Vital statistics of India. Vol. V, Reports of 1876 on armies & jails and on epidemic cholera
Year: 1876
Disease focus: Cholera
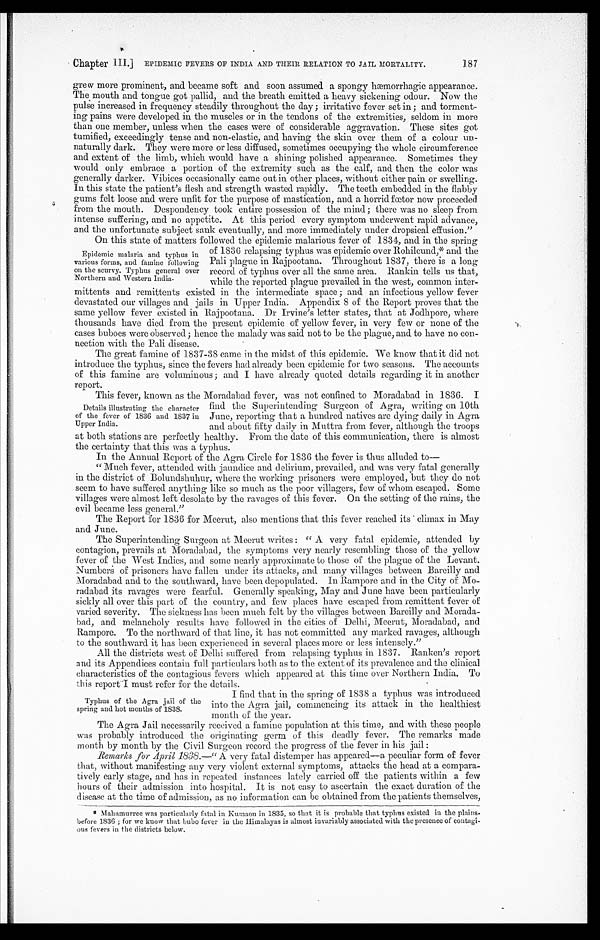
Chapter III.] EPIDEMIC FEVERS OF INDIA AND THEIR RELATION TO JAIL MORTALITY.
grew more prominent, and became soft and soon assumed a spongy hæmorrhagic appearance.
The mouth and tongue got pallid, and the breath emitted a heavy sickening odour. Now the
pulse increased in frequency steadily throughout the day; irritative fever set in; and torment
-
ing pains were developed in the muscles or in the tendons of the extremities, seldom in more
than one member, unless when the cases were of considerable aggravation. These sites got
tumified, exceedingly tense and non-elastic, and having the skin over them of a colour un
-
naturally dark. They were more or less diffused, sometimes occupying the whole circumference
and extent of the limb, which would have a shining polished appearance. Sometimes they
would only embrace a portion of the extremity such as the calf, and then the color was
generally darker. Vibices occasionally came out in other places, without either pain or swelling.
In this state the patient's flesh and strength wasted rapidly. The teeth embedded in the flabby
gums felt loose and were unfit for the purpose of mastication, and a horrid fœtor now proceeded
from the mouth. Despondency took entire possession of the mind; there was no sleep from
intense suffering, and no appetite. At this period every symptom underwent rapid advance,
and the unfortunate subject sank eventually, and more immediately under dropsical effusion."
On this state of matters followed the epidemic malarious fever of 1834, and in the spring
of 1836 relapsing typhus was epidemic over Rohilcund,* and the
Pali plague in Rajpootana. Throughout 1837, there is a long
record of typhus over all the same area. Rankin tells us that,
while the reported plague prevailed in the west, common inter
-
mittents and remittents existed in the intermediate space; and an infectious yellow fever
devastated our villages and jails in Upper India. Appendix 8 of the Report proves that the
same yellow fever existed in Rajpootana. Dr Irvine's letter states, that at Jodhpore, where
thousands have died from the present epidemic of yellow fever, in very few or none of the
cases buboes were observed; hence the malady was said not to be the plague, and to have no con
-
nection with the Pali disease.
The great famine of 1837-38 came in the midst of this epidemic. We know that it did not
introduce the typhus, since the fevers had already been epidemic for two seasons. The accounts
of this famine are voluminous; and I have already quoted details regarding it in another
r e p o r t .
This fever, known as the Moradabad fever, was not confined to Moradabad in 1836.
find the Superintending Surgeon of Agra, writing on 10th
June, reporting that a hundred natives are dying daily in Agra
and about fifty daily in Muttra from fever, although the troops
at both stations are perfectly healthy. From the date of this communication, there is almost
the certainty that this was a typhus.
In the Annual Report of the Agra Circle for 1836 the fever is thus alluded to
—
"Much fever, attended with jaundice and delirium, prevailed, and was very fatal generally
in the district of Bolundshuhur, where the working prisoners were employed, but they do not
seem to have suffered anything like so much as the poor villagers, few of whom escaped. Some
villages were almost left desolate by the ravages of this fever. On the setting of the rains, the
evil became less general."
The Report for 1836 for Meerut, also mentions that this fever reached its climax in May
and June.
The Superintending Surgeon at Meerut writes: "A very fatal epidemic, attended by
contagion, prevails at Moradabad, the symptoms very nearly resembling those of the yellow
fever of the West Indies, and some nearly approximate to those of the plague of the Levant.
Numbers of prisoners have fallen under its attacks, and many villages between Bareilly and
Moradabad and to the southward, have been depopulated. In Rampore and in the City of Mo
-
radabad its ravages were fearful. Generally speaking, May and June have been particularly
sickly all over this part of the country, and few places have escaped from remittent fever of
varied severity. The sickness has been pinch felt by the villages between Bareilly and Morada
-
bad, and melancholy results have followed in the cities of Delhi, Meerut, Moradabad, and
Rampore. To the northward of that line, it has not committed any marked ravages, although
to the southward it has been experienced in several places more or less intensely."
All the districts west of Delhi suffered from relapsing typhus in 1837. Ranken's report
and its Appendices contain full particulars both as to the extent of its prevalence and the clinical
characteristics of the contagious fevers which appeared at this time over Northern India. To
this report I must refer for the details.
187
Epidemic malaria and typhus in
various forms, and famine following
on the scurvy. Typhus general over
Northern and Western India.
Details illustrating the character
of the fever of 1836 and 1837 in
Upper India.
Typhus of the Agra jail of the
spring and hot months of 1838.
I find that in the spring of 1838 a typhus was introduced
into the Agra jail, commencing its attack in the healthiest
month of the year.
The Agra Jail necessarily received a famine population at this time, and with these people
was probably introduced the originating germ of this deadly fever. The remarks made
month by month by the Civil Surgeon record the progress of the fever in his jail:
Remarks for April 1838.—" A very fatal distemper has appeared—a peculiar form of fever
that, without manifesting any very violent external symptoms, attacks the head at a compara
-
tively early stage, and has in repeated instances lately carried off the patients within a few
hours of their admission into hospital. It is not easy to ascertain the exact duration of the
disease at the time of admission, as no information can be obtained from the patients themselves,
* Mahamurree was particularly fatal in Kumaon in 1835, so that it is probable that typhus existed in the plains
-
before 1836; for we know that bubo fever in the Himalayas is almost invariably associated with the presence of contagi
-
ous fevers in the districts below.